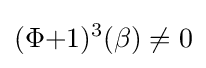
(\Phi {+}1)^{3}(\beta )\neq 0